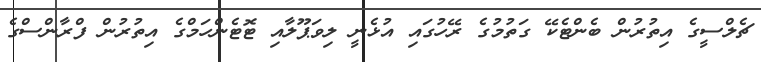
ޗެލްސީގެ އިތުރުން ބެންޓެކޭ ގަތުމުގެ ރޭހުގައި އުޅެނީ ލިވަޕޫލާއި ޓޮޓެންހަމްގެ އިތުރުން ފްރާންސްގެ